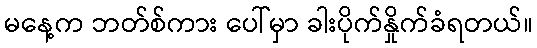
မနေ့က ဘတ်စ်ကား ပေါ်မှာ ခါးပိုက်နှိုက်ခံရတယ်။